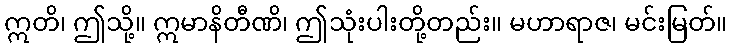
ဣတိ၊ ဤသို့။ ဣမာနိတီဏိ၊ ဤသုံးပါးတို့တည်း။ မဟာရာဇ၊ မင်းမြတ်။